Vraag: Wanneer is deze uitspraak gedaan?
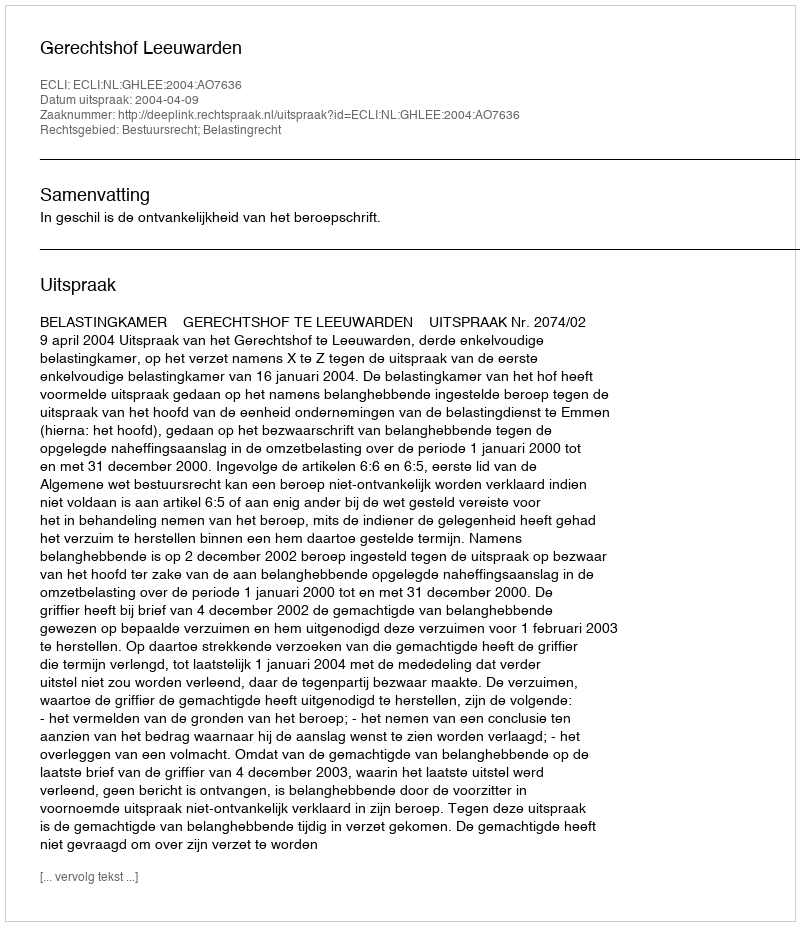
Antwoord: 2004-04-09